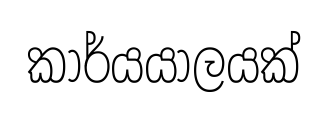
කාර්යයාලයක්